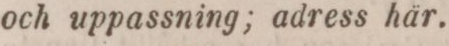
och uppassning; adress här.